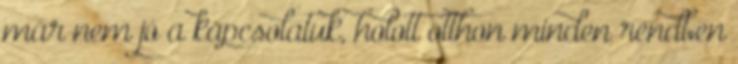
már nem jó a kapcsolatuk, holott otthon minden rendben